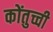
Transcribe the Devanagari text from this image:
कोंतुच्ची